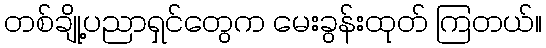
တစ်ချို့ပညာရှင်တွေက မေးခွန်းထုတ် ကြတယ်။